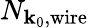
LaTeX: N_{\mathbf{k}_{0},\mathrm{{wire}}}